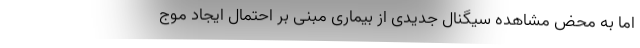
اما به محض مشاهده سیگنال جدیدی از بیماری مبنی بر احتمال ایجاد موج